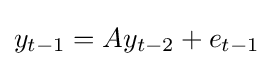
y_{t-1}=Ay_{t-2}+e_{t-1}